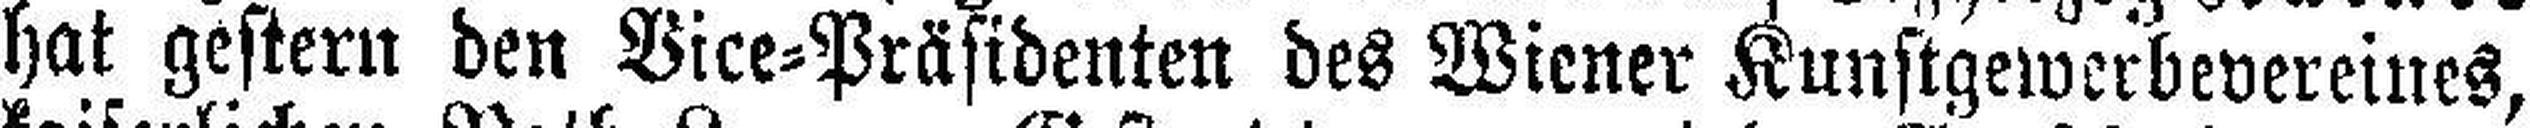
hat gestern den Vice=Präsidenten des Wiener Kunstgewerbevereines,